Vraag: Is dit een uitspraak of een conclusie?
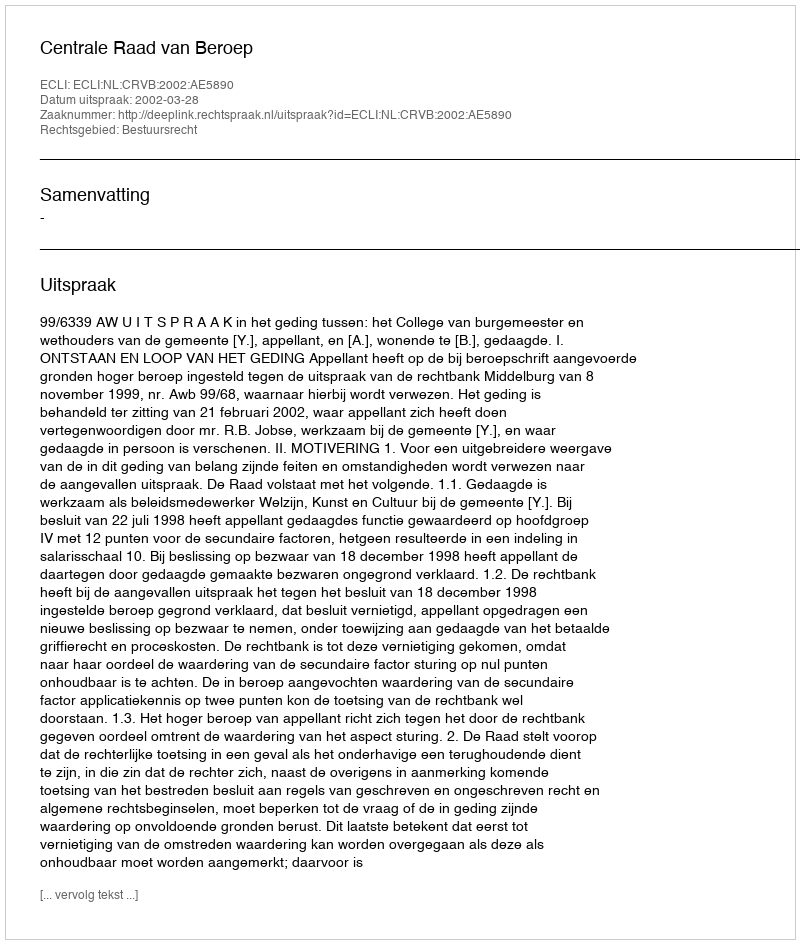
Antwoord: Uitspraak